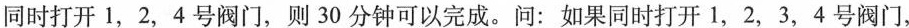
同时打开1，2，4号阀门，则30分钟可以完成。问：如果同时打开1，2，3，4号阀门，